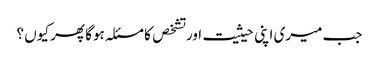
جب میری اپنی حیثیت اور تشخص کا مسئلہ ہوگا پھر کیوں ؟